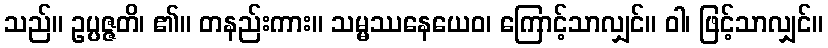
သည်။ ဥပ္ပဇ္ဇတိ၊ ၏။ တနည်းကား။ သမ္မဿနေယေဝ၊ ကြောင့်သာလျှင်။ ဝါ၊ ဖြင့်သာလျှင်။